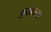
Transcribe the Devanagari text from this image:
अमन्ग